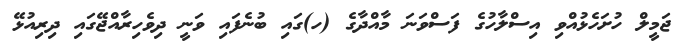
ޖަމީލް ހުށަހެޅުއްވި އިސްލާހުގެ ފަސްވަނަ މާއްދާގެ (ހ)ގައި ބުނެފައި ވަނީ ދިވެހިރާއްޖޭގައި ދިރިއުޅޭ